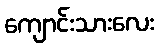
ကျောင်းသားလေး